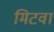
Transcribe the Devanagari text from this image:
मिटवा